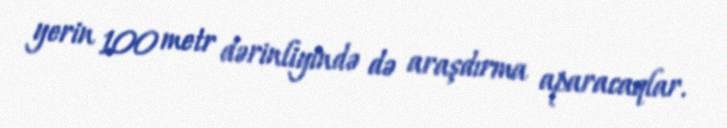
yerin 100 metr dərinliyində də araşdırma aparacaqlar.